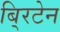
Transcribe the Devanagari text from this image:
बि्रटेन